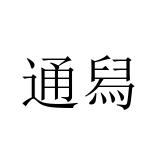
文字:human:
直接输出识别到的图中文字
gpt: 通舄